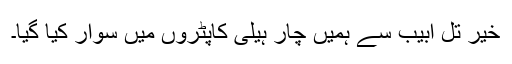
خیر تل ابیب سے ہمیں چار ہیلی کاپٹروں میں سوار کیا گیا۔